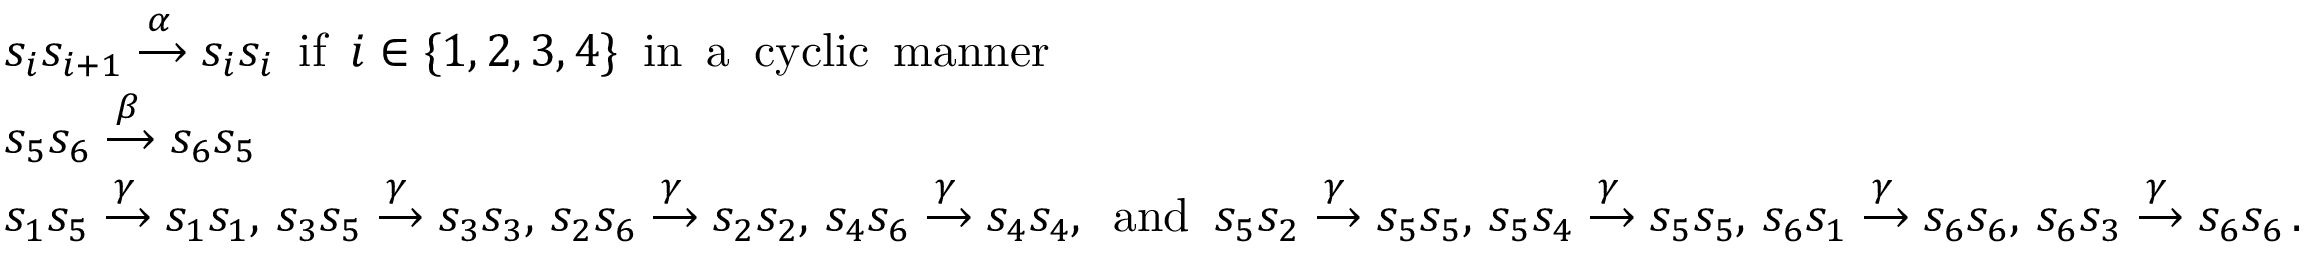
\begin{array} { r l } & { s _ { i } s _ { i + 1 } \xrightarrow { \alpha } s _ { i } s _ { i } \, \, \, \mathrm { i f } \, \, \, i \in \{ 1 , 2 , 3 , 4 \} \, \, \, \mathrm { i n \, \, \, a \, \, \, c y c l i c \, \, \, m a n n e r } } \\ & { s _ { 5 } s _ { 6 } \xrightarrow { \beta } s _ { 6 } s _ { 5 } } \\ & { s _ { 1 } s _ { 5 } \xrightarrow { \gamma } s _ { 1 } s _ { 1 } , \, s _ { 3 } s _ { 5 } \xrightarrow { \gamma } s _ { 3 } s _ { 3 } , \, s _ { 2 } s _ { 6 } \xrightarrow { \gamma } s _ { 2 } s _ { 2 } , \, s _ { 4 } s _ { 6 } \xrightarrow { \gamma } s _ { 4 } s _ { 4 } , \, \, \, \mathrm { a n d } \, \, \, s _ { 5 } s _ { 2 } \xrightarrow { \gamma } s _ { 5 } s _ { 5 } , \, s _ { 5 } s _ { 4 } \xrightarrow { \gamma } s _ { 5 } s _ { 5 } , \, s _ { 6 } s _ { 1 } \xrightarrow { \gamma } s _ { 6 } s _ { 6 } , \, s _ { 6 } s _ { 3 } \xrightarrow { \gamma } s _ { 6 } s _ { 6 } \, . } \end{array}